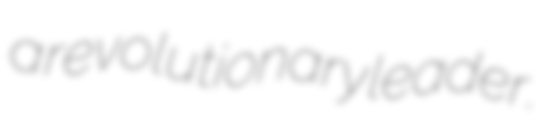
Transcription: a revolutionary leader.